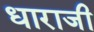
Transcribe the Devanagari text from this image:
धाराजी